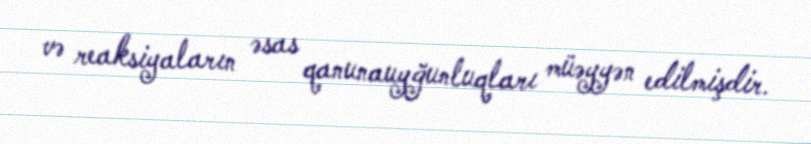
və reaksiyaların əsas qanunauyğunluqları müəyyən edilmişdir.